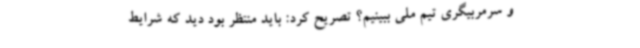
و سرمربیگری تیم ملی ببینیم؟ تصریح کرد: باید منتظر بود دید که شرایط